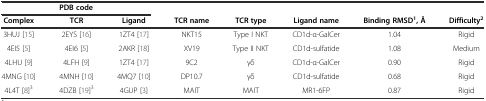
| <COLSPAN=3> PDB code |  |  |  |  |  |
 | Complex | TCR | Ligand | TCR name | TCR type | Ligand name | Binding RMSD1, Å | Difficulty2 |
 | --- | --- | --- | --- | --- | --- | --- | --- |
 | 3HUJ [15] | 2EYS [16] | 1ZT4 [17] | NKT15 | Type I NKT | CD1d-α-GalCer | 1.04 | Rigid |
 | 4EI5 [5] | 4EI6 [5] | 2AKR [18] | XV19 | Type II NKT | CD1d-sulfatide | 1.08 | Medium |
 | 4LHU [9] | 4LFH [9] | 1ZT4 [17] | 9C2 | γδ | CD1d-α-GalCer | 0.90 | Rigid |
 | 4MNG [10] | 4MNH [10] | 4MQ7 [10] | DP10.7 | γδ | CD1d-sulfatide | 0.68 | Rigid |
 | 4L4T [8]3 | 4DZB [19]3 | 4GUP [3] | MAIT | MAIT | MR1-6FP | 0.87 | Rigid |